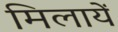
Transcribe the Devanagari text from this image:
मिलायें